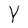
Character: Y